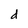
Character: d